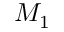
M _ { 1 }